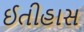
ઈતીહાસ